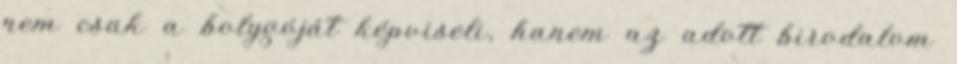
nem csak a bolygóját képviseli, hanem az adott birodalom